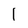
Character: l